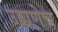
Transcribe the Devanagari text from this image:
उड्डाणेच